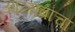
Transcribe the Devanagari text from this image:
आलांब्राचा